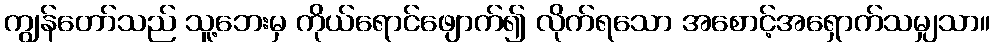
ကျွန်တော်သည် သူ့ဘေးမှ ကိုယ်ရောင်ဖျောက်၍ လိုက်ရသော အစောင့်အရှောက်သမျှသာ။